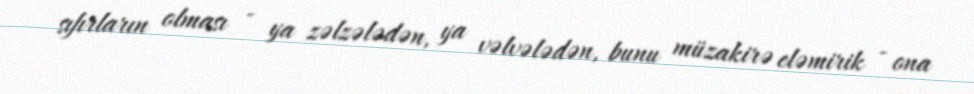
sıfırların olması - ya zəlzələdən, ya vəlvələdən, bunu müzakirə eləmirik - ona